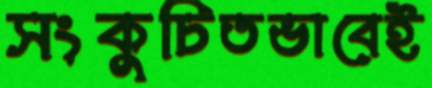
সংকুচিতভাবেই